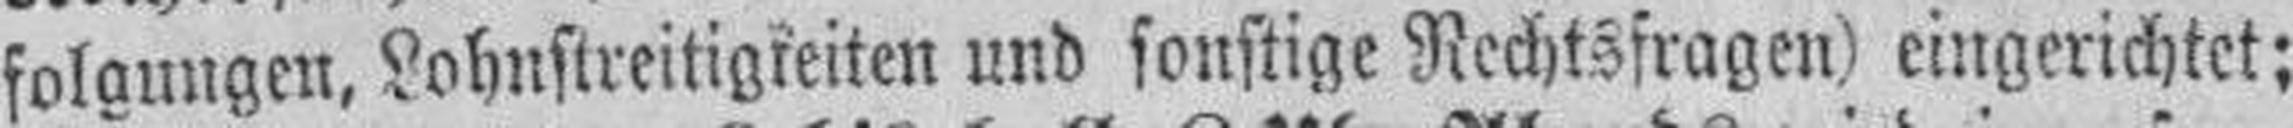
folgungen, Lohnstreitigkeiten und sonstige Rechtsfragen) eingerichtet;